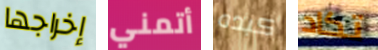
إخراجها أتمني كبده تكاد